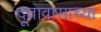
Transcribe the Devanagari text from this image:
दूतावासाच्या